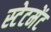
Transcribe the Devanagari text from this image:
स्‍टेटमेंट